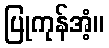
ပြုကုန်အံ့။